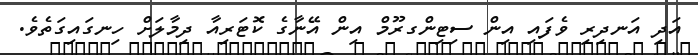
އަދި އަނދިރި ވެފައި އިން ސިޓިންގރޫމް އިން އޭނާގެ ކޮޓަރިއާ ދިމާލަށް ހިނގައިގަތެވެ.